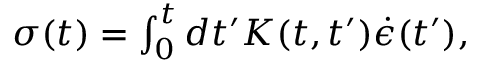
\begin{array} { r } { \sigma ( t ) = \int _ { 0 } ^ { t } d t ^ { \prime } K ( t , t ^ { \prime } ) \dot { \epsilon } ( t ^ { \prime } ) , } \end{array}